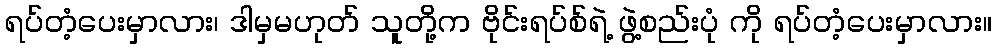
ရပ်တံ့ပေးမှာလား၊ ဒါမှမဟုတ် သူတို့က ဗိုင်းရပ်စ်ရဲ့ ဖွဲ့စည်းပုံ ကို ရပ်တံ့ပေးမှာလား။